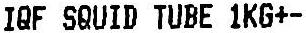
IQF SQUID TUBE 1KG+-